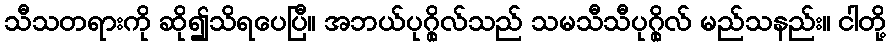
သီသတရားကို ဆို၍သိရပေပြီ။ အဘယ်ပုဂ္ဂိုလ်သည် သမသီသီပုဂ္ဂိုလ် မည်သနည်း။ ငါတို့